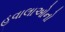
હવાલાઓનો